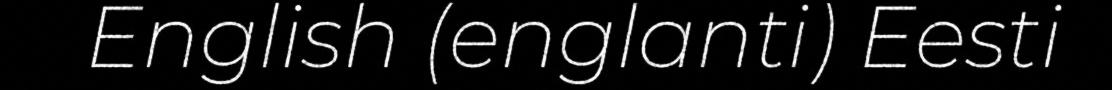
English (englanti) Eesti